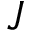
J